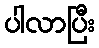
ပါလာပြီး